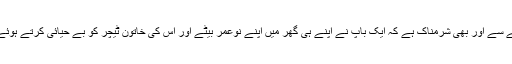
تازہ ترین واقعہ تو اس حوالے سے اور بھی شرمناک ہے کہ ایک باپ نے اپنے ہی گھر میں اپنے نوعمر بیٹے اور اس کی خاتون ٹیچر کو بے حیائی کرتے ہوئے رنگے ہاتھوں پکڑ لیا ہے۔